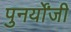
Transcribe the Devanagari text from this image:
पुनर्योंजी